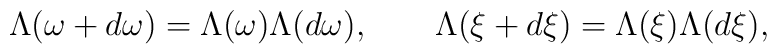
\Lambda (\omega +d\omega )=\Lambda (\omega )\Lambda (d\omega ),\qquad\Lambda (\xi +d\xi )=\Lambda (\xi )\Lambda (d\xi ),